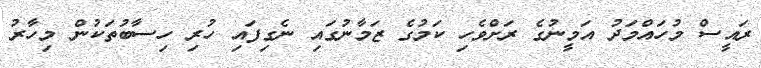
ރައީސް މުހައްމަދު އަމީނުގެ ރަށްވެހި ކަމުގެ ޒަމާނުގައި ނެގިފައި ހުރި ހިސާބުތަކުން މިހާރު